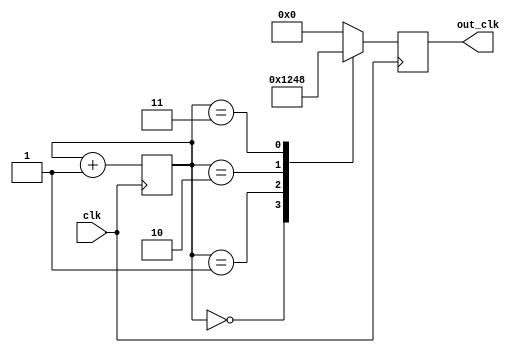
module ripple_counter_clock_divider (
    input wire clk,
    output reg [3:0] out_clk
);

reg [3:0] counter;

always @(posedge clk) begin
    counter <= counter + 1;
    
    case (counter)
        4'd0: out_clk <= 4'b0001; // Divide by 1
        4'd1: out_clk <= 4'b0010; // Divide by 2
        4'd2: out_clk <= 4'b0100; // Divide by 4
        4'd3: out_clk <= 4'b1000; // Divide by 8
        default: out_clk <= 4'b0000; // Output disabled
    endcase
end

endmodule